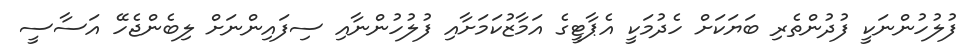
ފުލުުހުންނަކީ ފުދުންތެރި ބަޔަކަށް ހެދުމަކީ އެޕާޓީގެ އަމާޒުކަމަށާއި ފުލުހުންނާއި ސިފައިންނަށް ލިބެންޖެހޭ އަސާސީ